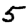
Digit: 5